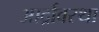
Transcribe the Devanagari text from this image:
आर्द्रावस्था